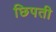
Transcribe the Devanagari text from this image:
छिपती